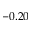
- 0 . 2 0